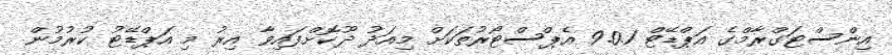
އިންސްޓަގްރާމްގެ އަޕްޑޭޓް 9.0.1 އެޕްސްޓޯރުތަކަށް މިއަދު ދޫކޮށްފައިވާ އިރު މި އަޕްޑޭޓު ކުރުމުން